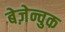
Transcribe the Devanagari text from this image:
बेज़ेन्चुक